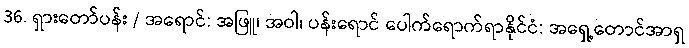
36. ရှားတော်ပန်း / အရောင်: အဖြူ၊ အဝါ၊ ပန်းရောင် ပေါက်ရောက်ရာနိုင်ငံ: အရှေ့တောင်အာရှ